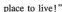
place to live!"